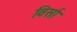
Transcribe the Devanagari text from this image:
विर्सा